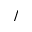
/